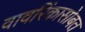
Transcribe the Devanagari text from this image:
वावरिंकासोबत